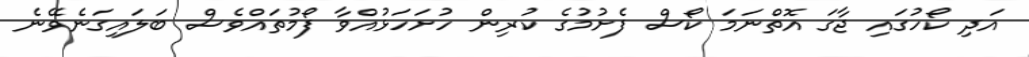
އަދި ކޯހުގައި ޖާގަ އޮތްނަމަ ކޯސް ފެށުމުގެ ކުރިން ހުށަހަޅުއްވާ ފޯމުތައްވެސް ބަލައިގަނެވޭނެ